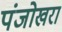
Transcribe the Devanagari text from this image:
पंजोखरा